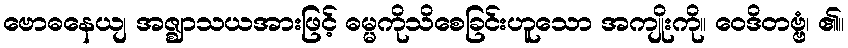
ဗောဓနေယျ အဇ္ဈာသယအားဖြင့် ဓမ္မကိုသိစေခြင်းဟူသော အကျိုးကို။ ဝေဒိတဗ္ဗံ၊ ၏။